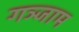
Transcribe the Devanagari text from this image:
गञ्जाम